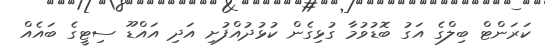
ކަރަންޓް ބިލްގެ އަގު ބޮޑުވުމާ ގުޅިގެން ކުޅުދުއްފުށި އަދި އައްޑޫ ސިޓީގެ ބައެއް